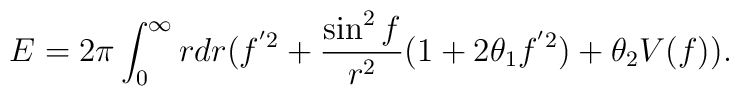
E = 2\pi \int_{0}^{\infty}rdr\big(f^{'2} + \frac{\sin^{2}f}{r^{2}}(1+2\theta_{1}f^{'2}) + \theta_{2}V(f)\big).